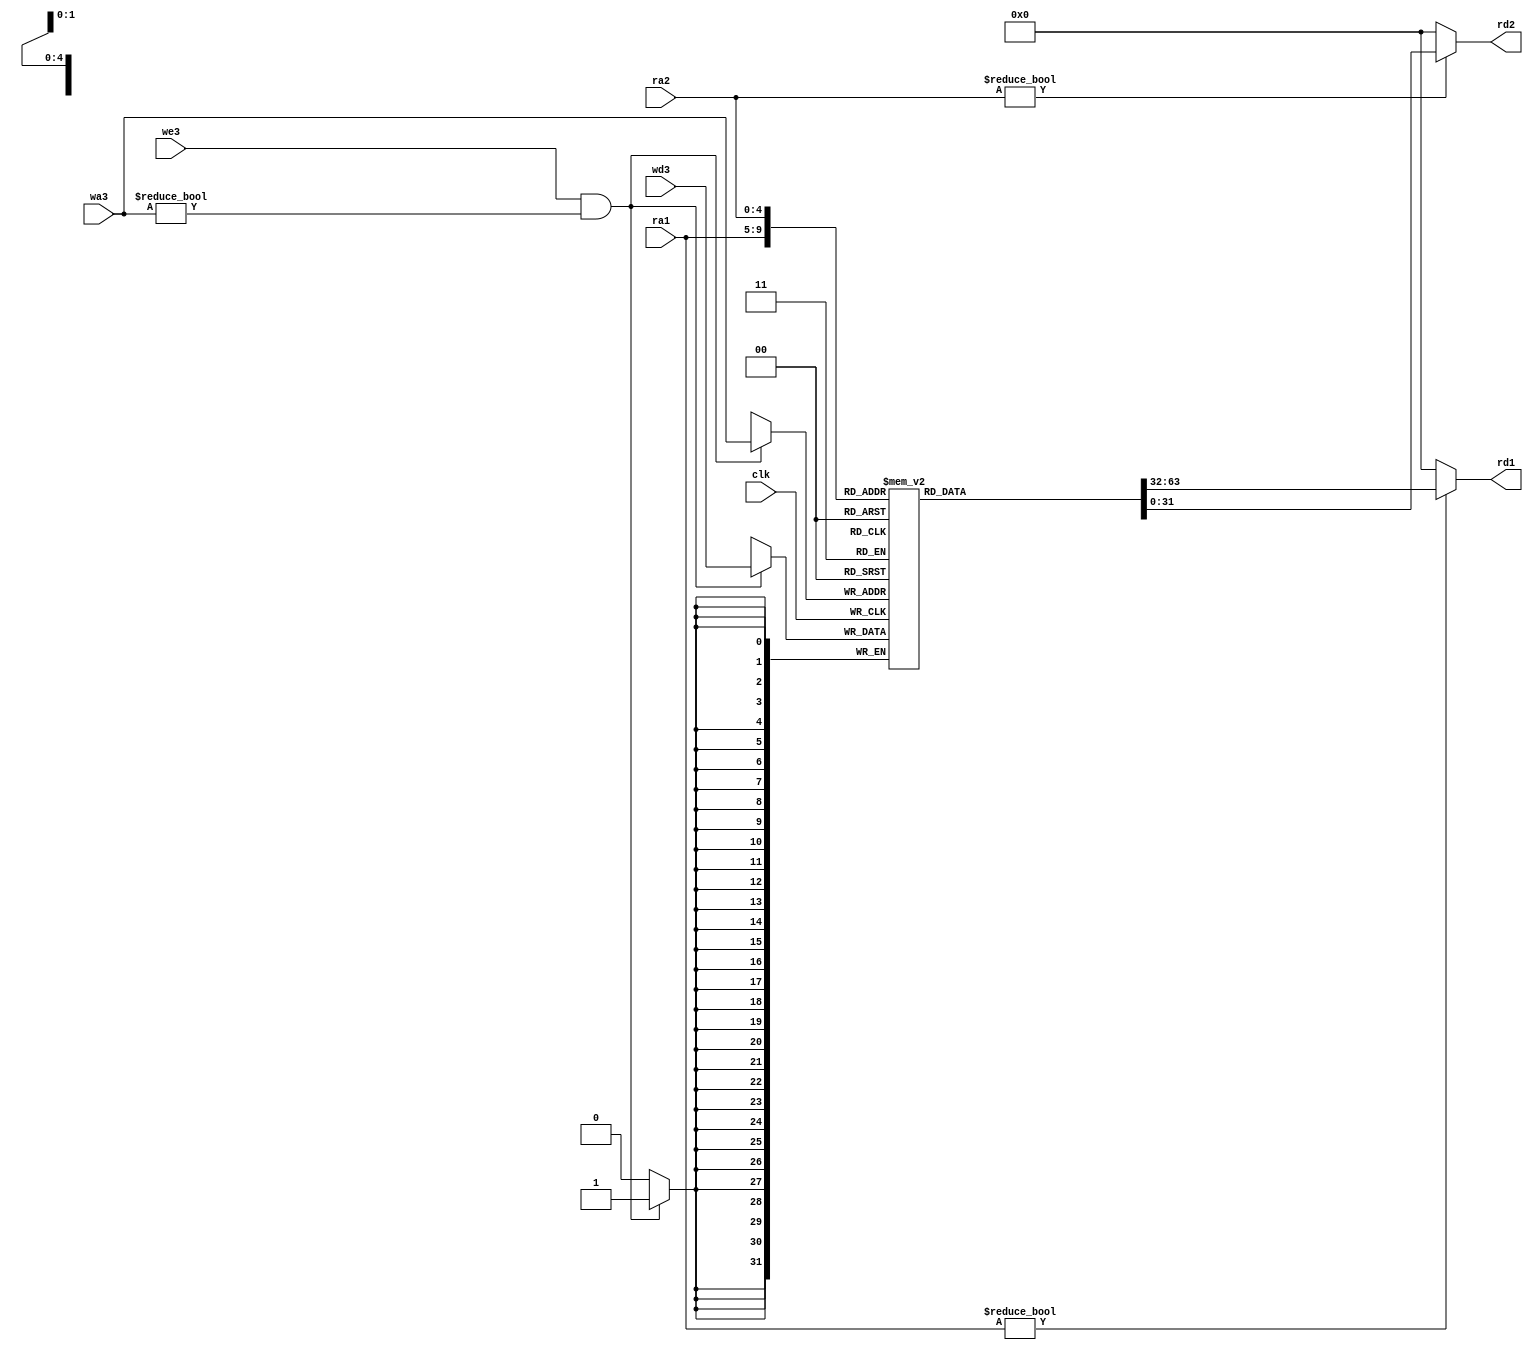
// This program was cloned from: https://github.com/NYU-MLDA/OpenABC
// License: BSD 3-Clause "New" or "Revised" License

module regfile (input         clk, 
		input         we3, 
		input  [4:0]  ra1, ra2, wa3, 
		input  [31:0] wd3, 
		output [31:0] rd1, rd2);

   reg [31:0] 		      rf[31:0];

   // three ported register file
   // read two ports combinationally
   // write third port on rising edge of clock
   // register 0 hardwired to 0

   always @(posedge clk)
     if (we3 && wa3!=0) rf[wa3] <= wd3;	

   assign rd1 = (ra1 != 0) ? rf[ra1] : 0;
   assign rd2 = (ra2 != 0) ? rf[ra2] : 0;
   
endmodule